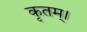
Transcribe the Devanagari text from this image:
कृतम्।